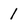
Character: 1